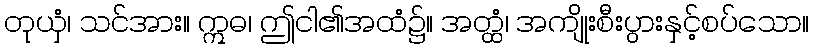
တုယှံ၊ သင်အား။ ဣဓ၊ ဤငါ၏အထံ၌။ အတ္ထံ၊ အကျိုးစီးပွားနှင့်စပ်သော။